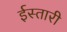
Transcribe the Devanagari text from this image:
ईस्तारी